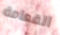
القمامة